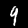
Digit: 9